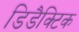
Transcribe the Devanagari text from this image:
डिडैक्टिक